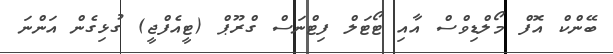
ބޭންކް އޮފް މޯލްޑިވްސް އާއި ޓޯޓަލް ފިޓްނަސް ގްރޫޕް (ޓީއެފްޖީ) ގުޅިގެން އަންނަ